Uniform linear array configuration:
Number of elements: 32
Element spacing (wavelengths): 0.5
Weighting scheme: kaiser
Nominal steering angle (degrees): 60
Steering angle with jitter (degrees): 60.952
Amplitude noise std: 0.05
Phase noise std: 0.05

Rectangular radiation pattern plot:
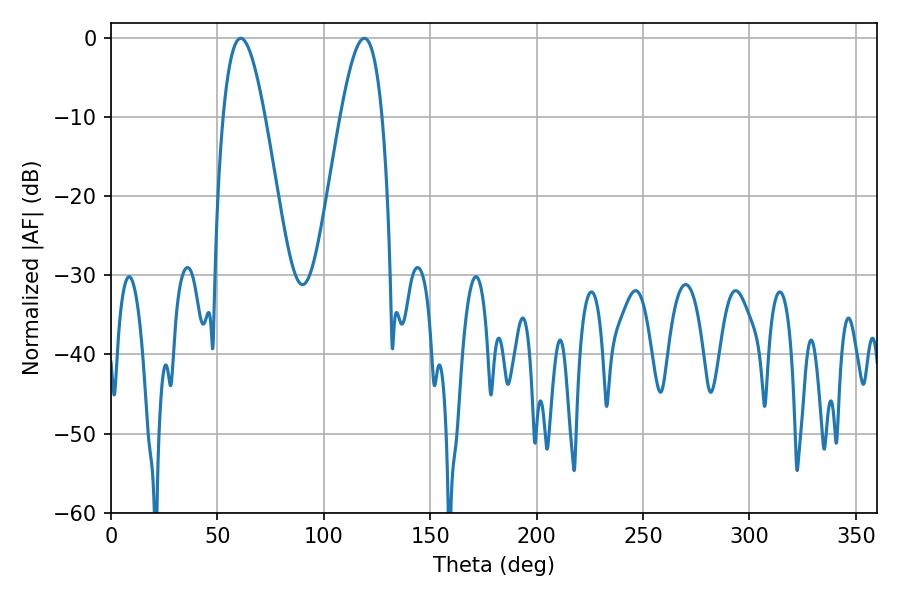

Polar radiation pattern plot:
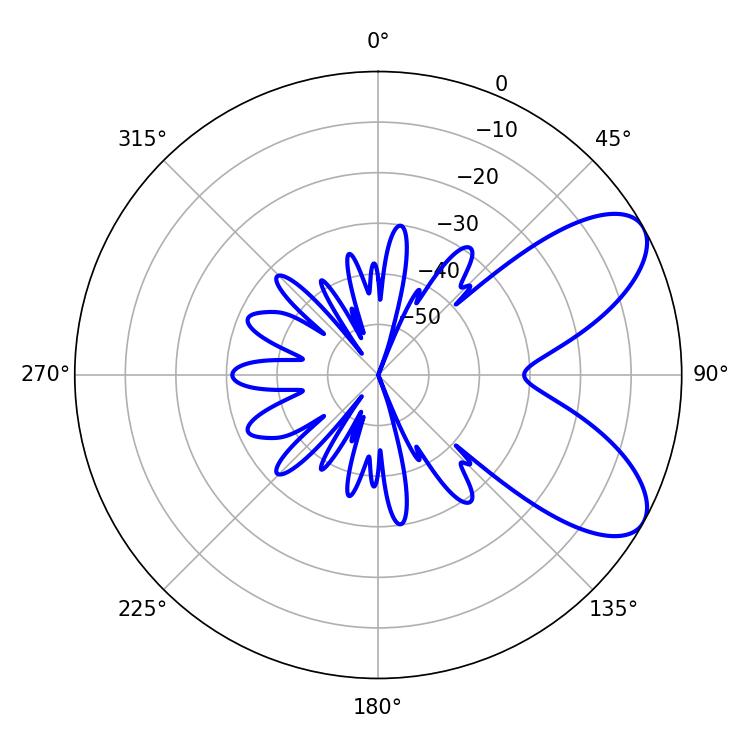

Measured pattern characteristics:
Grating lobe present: FALSE
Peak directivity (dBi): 7.509
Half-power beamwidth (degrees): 10.62
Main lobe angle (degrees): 61.02